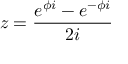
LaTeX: z = { \frac { e ^ { \phi i } - e ^ { - \phi i } } { 2 i } }